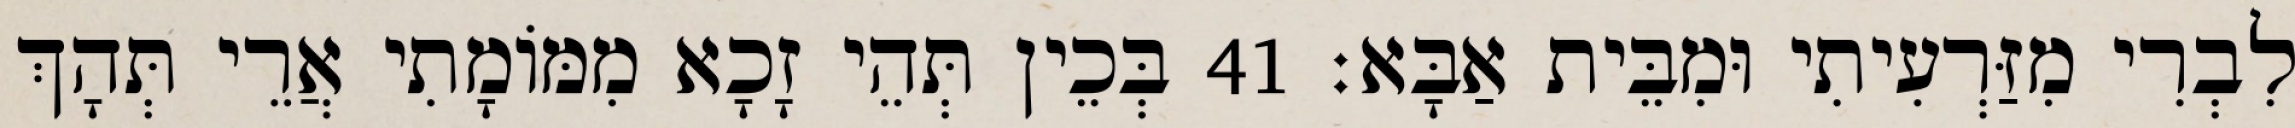
לִבְרִי מִזַּרְעִיתִי וּמִבֵּית אַבָּא׃ 41 בְּכֵין תְּהֵי זָכָא מִמּוֹמָתִי אֲרֵי תְּהָךְ